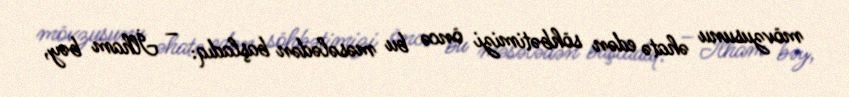
mövzusunu əhatə edən söhbətimizi öncə bu məsələdən başladıq: – İlham bəy,